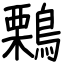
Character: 鷅